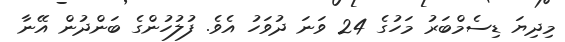
މިދިޔަ ޑިސެމްބަރު މަހުގެ 24 ވަނަ ދުވަހު އެވެ. ފުލުހުންގެ ބަންދުން އޭނާ